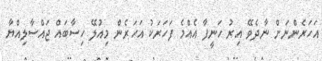
އަހަރެންނަށް ނާދެވޭ އިރު ހަނީފާ އެއްމެ ފަހަރަކު އަހަރެން މިއުލޭ ހިސާބައް ޖައްސާލިއްޔާ